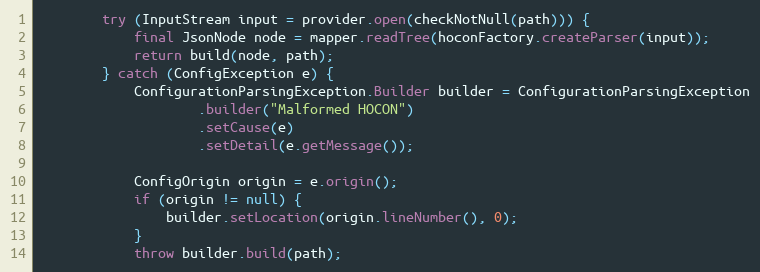
Language: Java
        try (InputStream input = provider.open(checkNotNull(path))) {
            final JsonNode node = mapper.readTree(hoconFactory.createParser(input));
            return build(node, path);
        } catch (ConfigException e) {
            ConfigurationParsingException.Builder builder = ConfigurationParsingException
                    .builder("Malformed HOCON")
                    .setCause(e)
                    .setDetail(e.getMessage());

            ConfigOrigin origin = e.origin();
            if (origin != null) {
                builder.setLocation(origin.lineNumber(), 0);
            }
            throw builder.build(path);